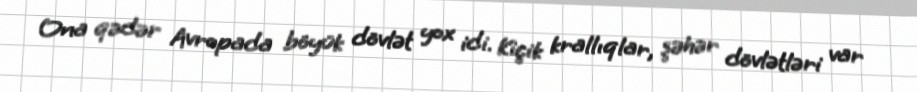
Ona qədər Avropada böyük dövlət yox idi. Kiçik krallıqlar, şəhər dövlətləri var